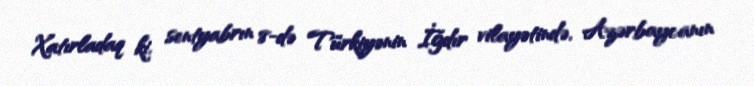
Xatırladaq ki, sentyabrın 8-də Türkiyənin İğdır vilayətində, Azərbaycanın